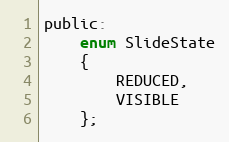
Language: C
public:
    enum SlideState
    {
        REDUCED,
        VISIBLE
    };